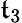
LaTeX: \mathfrak{t}_{3}